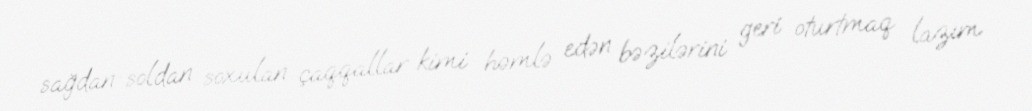
sağdan-soldan soxulan çaqqallar kimi həmlə edən bəzilərini geri oturtmaq lazım